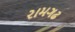
રામગઢ